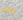
نعم